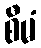
စီမံ